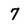
Character: 7